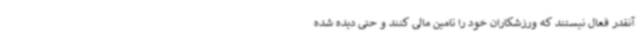
آنقدر فعال نیستند که ورزشکاران خود را تامین مالی کنند و حتی دیده شده